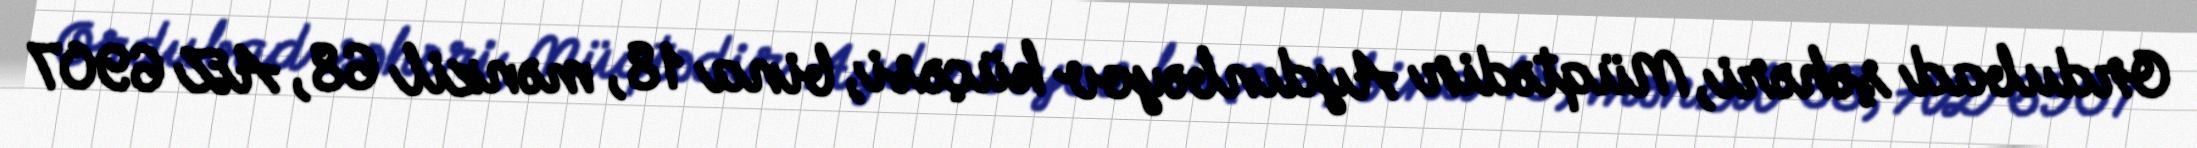
Ordubad şəhəri, Müqtədir Aydınbəyov küçəsi, bina 18, mənzil 68, AZ 6907